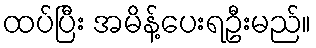
ထပ်ပြီး အမိန့်ပေးရဦးမည်။